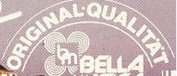
ORIGINAL·QUALITAT